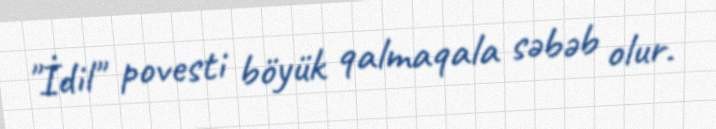
"İdil" povesti böyük qalmaqala səbəb olur.